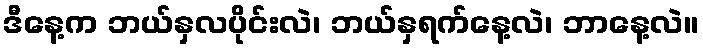
ဒီနေ့က ဘယ်နှလပိုင်းလဲ၊ ဘယ်နှရက်နေ့လဲ၊ ဘာနေ့လဲ။